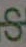
क